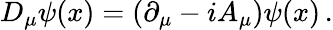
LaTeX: D_{\mu}\psi(x)=(\partial_{\mu}-iA_{\mu})\psi(x)\, .